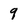
Character: 9